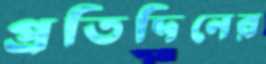
প্রতিদিনের